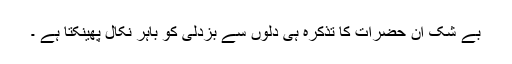
بے شک ان حضرات کا تذکرہ ہی دلوں سے بزدلی کو باہر نکال پھینکتا ہے ۔